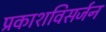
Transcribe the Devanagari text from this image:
प्रकाशविसर्जन